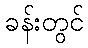
ခန်းတွင်